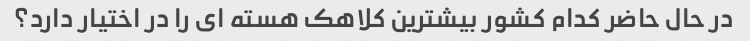
در حال حاضر کدام کشور بیشترین کلاهک هسته ای را در اختیار دارد؟